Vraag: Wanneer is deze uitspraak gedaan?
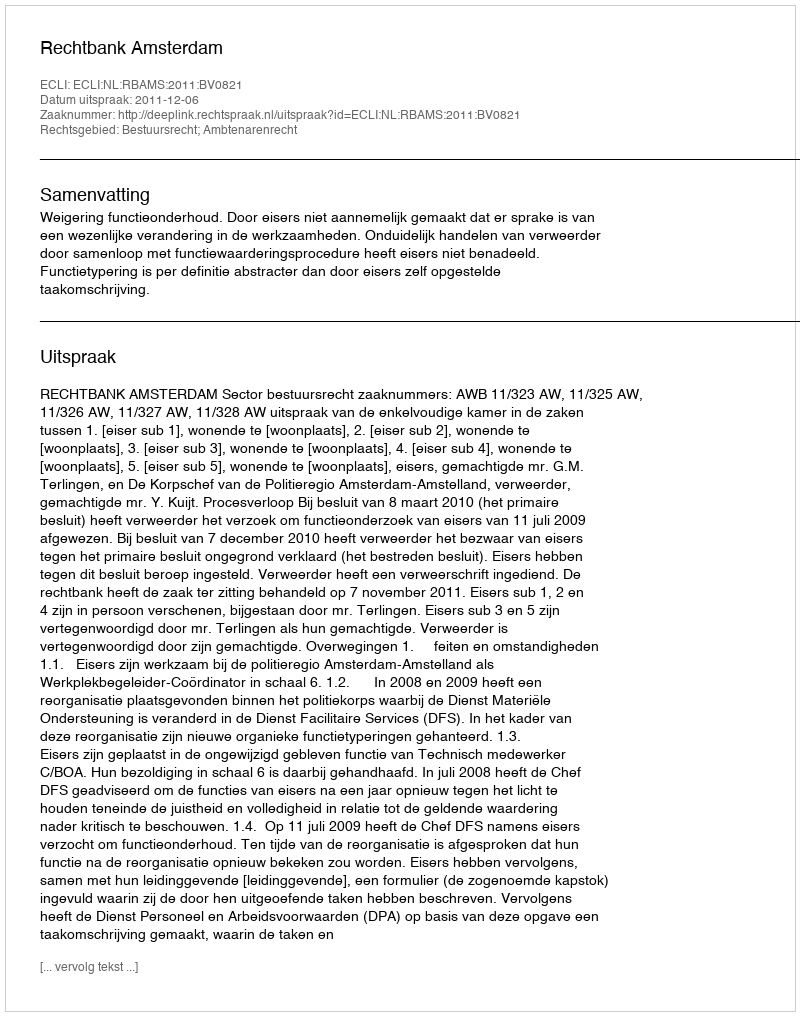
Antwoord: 2011-12-06